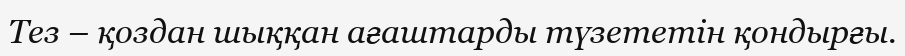
Тез – қоздан шыққан ағаштарды түзететін қондырғы.